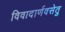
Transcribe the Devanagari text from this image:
विवादार्णवसेतु